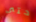
حتى